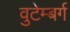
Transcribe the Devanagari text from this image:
वुटेम्बर्ग